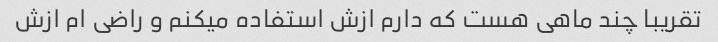
تقریبا چند ماهی هست که دارم ازش استفاده میکنم و راضی ام ازش